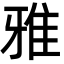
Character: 雅